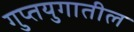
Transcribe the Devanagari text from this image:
गुप्तयुगातील